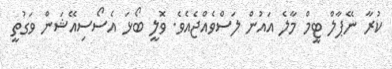
ކުރާ ނޭޕާލް ޓީމް މާލެ އައުން ލަސްވެއްޖެއެވެ. ވޮލީ ބޯޅަ އެސޯސިއޭޝަން ވަގުތީ